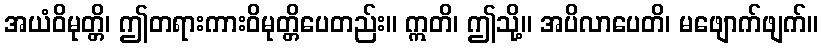
အယံဝိမုတ္တိ၊ ဤတရားကားဝိမုတ္တိပေတည်း။ ဣတိ၊ ဤသို့။ အပိလာပေတိ၊ မဖျောက်ဖျက်။